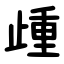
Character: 歱